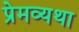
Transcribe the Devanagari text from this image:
प्रेमव्यथा